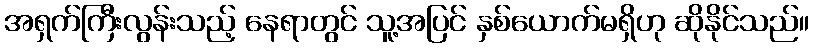
အရှက်ကြီးလွန်းသည့် နေရာတွင် သူ့အပြင် နှစ်ယောက်မရှိဟု ဆိုနိုင်သည်။